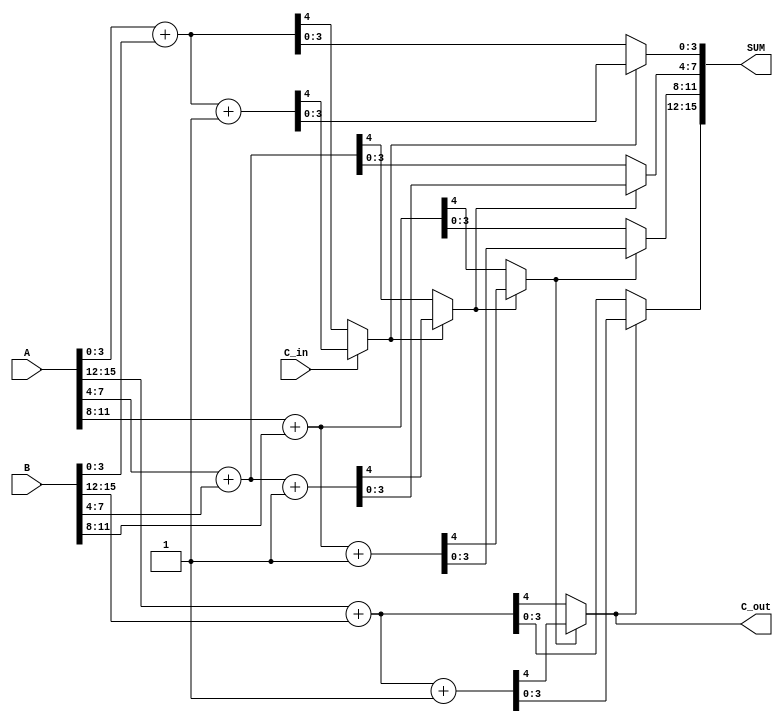
module multi_level_carry_select_adder #(
    parameter N = 16, // total bit-width of operands
    parameter K = 4  // segment size
)(
    input [N-1:0] A,    // First operand
    input [N-1:0] B,    // Second operand
    input C_in,         // Carry input
    output [N-1:0] SUM, // Sum output
    output C_out        // Carry output
);

    localparam SEGMENTS = N / K; // Number of segments
    wire [K-1:0] sum0 [0:SEGMENTS-1]; // Sum when C_in is 0
    wire [K-1:0] sum1 [0:SEGMENTS-1]; // Sum when C_in is 1
    wire C0 [0:SEGMENTS-1]; // Carry out when C_in is 0
    wire C1 [0:SEGMENTS-1]; // Carry out when C_in is 1
    wire carry [0:SEGMENTS-1]; // Select carry for each segment
    
    // Generate sums and carries for each segment
    genvar i;
    generate
        for (i = 0; i < SEGMENTS; i = i + 1) begin : seg
            wire [K-1:0] a = A[K*i +: K];
            wire [K-1:0] b = B[K*i +: K];
            wire c_in = (i == 0) ? C_in : carry[i - 1];

            // Sum when C_in = 0
            assign {C0[i], sum0[i]} = a + b; // C0[i] is carry out for C_in = 0

            // Sum when C_in = 1
            assign {C1[i], sum1[i]} = a + b + 1'b1; // C1[i] is carry out for C_in = 1
            
            // MUX to select appropriate sum based on carry
            assign carry[i] = (c_in) ? C1[i] : C0[i]; // Carry selection
        end
    endgenerate

    // Final Sum output construction using MUXes
    generate
        for (i = 0; i < SEGMENTS; i = i + 1) begin : mux
            assign SUM[K*i +: K] = (carry[i]) ? sum1[i] : sum0[i];
        end
    endgenerate

    // Final Carry output
    assign C_out = carry[SEGMENTS - 1];

endmodule